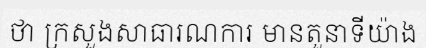
ថា ក្រសួងសាធារណការ មានតួនាទីយ៉ាង